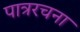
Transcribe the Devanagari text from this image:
पात्ररचना